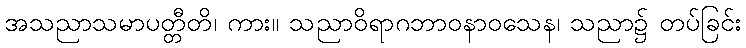
အသညာသမာပတ္တီတိ၊ ကား။ သညာဝိရာဂဘာဝနာဝသေန၊ သညာ၌ တပ်ခြင်း